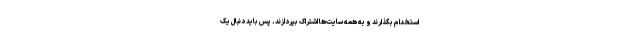
استخدام بگذارند و به همه سایت‌ها اشتراک بپردازند. پس باید دنبال یک